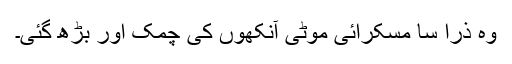
وہ ذرا سا مسکرائی موٹی آنکھوں کی چمک اور بڑھ گئی۔